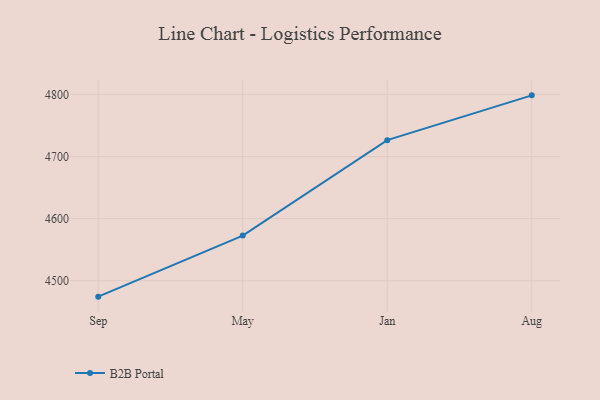
{"axis": {"x": "Month", "y": "Operating Costs (USD K)"}, "legend": ["B2B Portal"], "data": [{"x": "Sep", "y": 4474.4, "type": "B2B Portal"}, {"x": "May", "y": 4572.7, "type": "B2B Portal"}, {"x": "Jan", "y": 4726.4, "type": "B2B Portal"}, {"x": "Aug", "y": 4798.5, "type": "B2B Portal"}]}